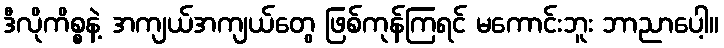
ဒီလိုကိစ္စနဲ့ အကျယ်အကျယ်တွေ ဖြစ်ကုန်ကြရင် မကောင်းဘူး ဘာညာပေါ့။